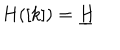
H ( [ k ] ) = \underline { { { H } } }